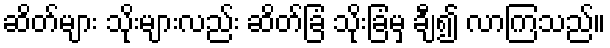
ဆိတ်များ သိုးများလည်း ဆိတ်ခြံ သိုးခြံမှ ချီ၍ လာကြသည်။